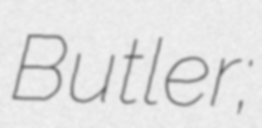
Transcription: Butler;